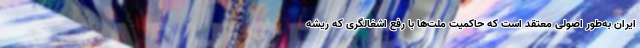
ایران به‌طور اصولی معتقد است که حاکمیت ملت‌ها با رفع اشغالگری که ریشه